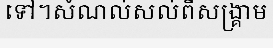
ទៅ។សំណល់សល់ពីសង្គ្រាម